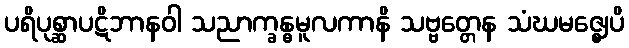
ပရိပုစ္ဆာပဋိဘာနဝါ သညာက္ခန္ဓမူလကာနိ သဗ္ဗတ္တေန သံဃမဇ္ဈေပိ